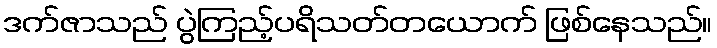
ဒက်ဇာသည် ပွဲကြည့်ပရိသတ်တယောက် ဖြစ်နေသည်။